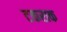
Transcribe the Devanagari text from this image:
टकराक